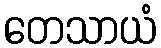
တေသာယံ